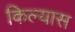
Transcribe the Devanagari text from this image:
किल्यास